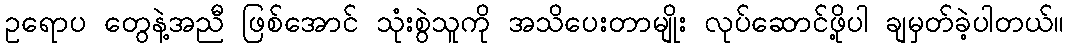
ဥရောပ တွေနဲ့အညီ ဖြစ်အောင် သုံးစွဲသူကို အသိပေးတာမျိုး လုပ်ဆောင်ဖို့ပါ ချမှတ်ခဲ့ပါတယ်။